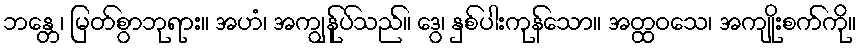
ဘန္တေ၊ မြတ်စွာဘုရား။ အဟံ၊ အကျွန်ုပ်သည်။ ဒွေ၊ နှစ်ပါးကုန်သော။ အတ္ထဝသေ၊ အကျိုးစက်ကို။